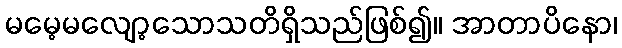
မမေ့မလျော့သောသတိရှိသည်ဖြစ်၍။ အာတာပိနော၊